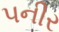
પનીર